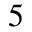
5